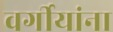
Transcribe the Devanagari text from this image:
वर्गीयांना